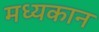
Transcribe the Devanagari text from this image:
मध्यकान